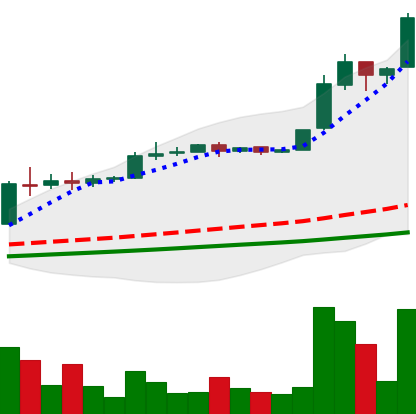
Ticker: BTC-USD
Chart end date: 2016-06-16
Forward return: -13.005%
Label: down_7plus